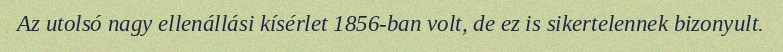
Az utolsó nagy ellenállási kísérlet 1856-ban volt, de ez is sikertelennek bizonyult.